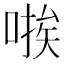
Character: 𫫃